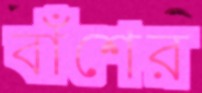
বাঁশের